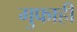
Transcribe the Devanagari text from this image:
गुफाही